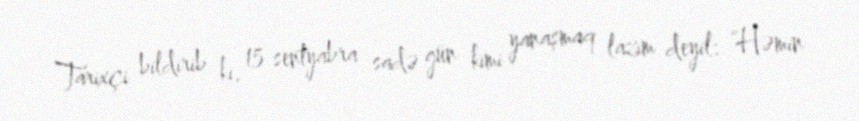
Tarixçi bildirib ki, 15 sentyabra sadə gün kimi yanaşmaq lazım deyil: “Həmin